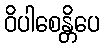
ဝိပါစေန္တိပေ